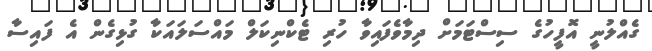
ގެއްލުނީ އޮފީހުގެ ސިސްޓަމަށް ދިމާވެފައިވާ ހުރި ޓެކްނިކަލް މައްސަލައަކާ ގުޅިގެން އެ ފައިސާ